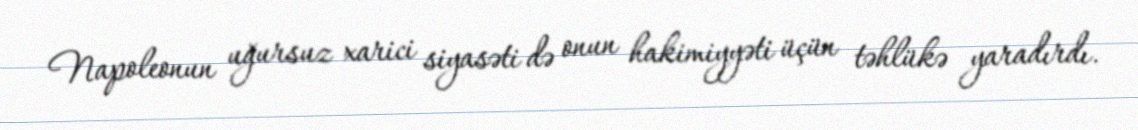
Napoleonun uğursuz xarici siyasəti də onun hakimiyyəti üçün təhlükə yaradırdı.